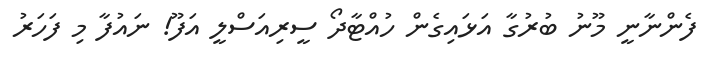
ފެންނާނީ މޫނު ބުރުގާ އަޅައިގެން ހުއްޓާދޯ ސީރިއަސްލީ އަފޫ! ނައުފާ މި ފަހަރު